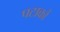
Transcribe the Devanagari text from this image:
पटाकों